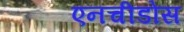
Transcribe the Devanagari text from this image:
एनचीडोस